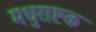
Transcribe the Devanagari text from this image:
मधुराष्टक